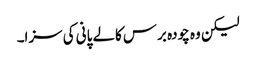
لیکن وہ چودہ برس کالے پانی کی سزا۔